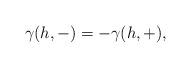
LaTeX: \begin{align*} \gamma (h,-)=-\gamma (h,+),\end{align*}